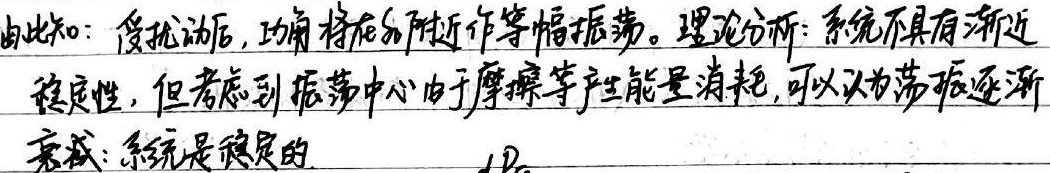
由此知：受扰动后，功角将在\(\delta_{0}\)附近作等幅振荡。

理论分析：系统不具有渐近稳定性，但考虑到振荡中心由于摩擦等产生能量消耗，可以认为荡振逐渐衰减：系统是稳定的。